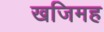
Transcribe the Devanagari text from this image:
खजिमह